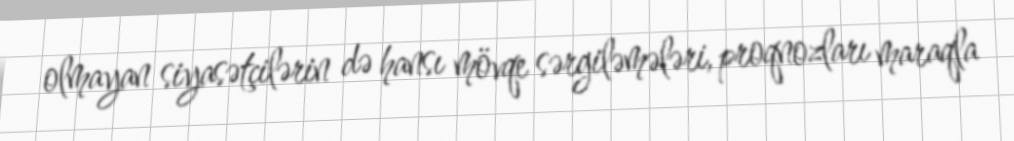
olmayan siyasətçilərin də hansı mövqe sərgiləmələri, proqnozları maraqla